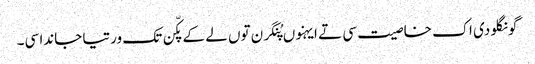
گونگلو دی اک خاصیت سی تے ایہنوں پُنگرن توں لے کے پکّن تک ورتیا جاندا سی۔